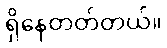
ရှိနေတတ်တယ်။